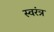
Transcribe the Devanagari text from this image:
स्वरंत्र